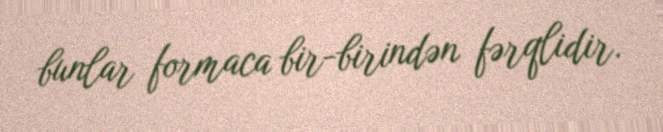
bunlar formaca bir-birindən fərqlidir.